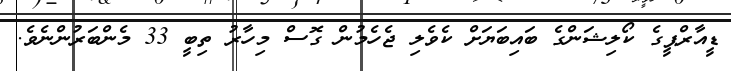
ޑީއާރްޕީގެ ކޯލިޝަންގެ ބައިބަޔަށް ކެވެލި ޖެހެމުން ގޮސް މިހާރު ތިބީ 33 މެންބަރުންނެވެ.